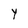
Character: Y